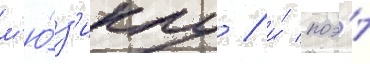
м'ю́з'иклу / и́ поэ́т